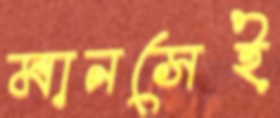
মানসেই